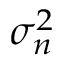
\sigma _ { n } ^ { 2 }